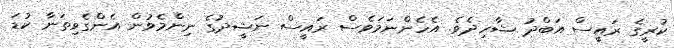
ކުރީގެ ރައީސް އަބްދު ޝާހިދެވެ. އެހެންނަމަވެސް ރައީސް ނަޝީދުގެ ނިންމެވުން އެންގެވިތަނާ ކުޑަ